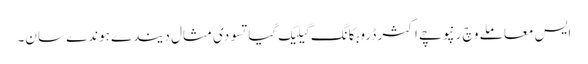
ایس معاملے وچ رنپوچے اکثر ڈروبکانگ گیلیگ گیاتسو دی مثال دیندے ہوندے سان۔